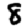
Digit: 8